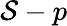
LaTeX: \mathcal{S}-p